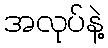
အလုပ်နဲ့